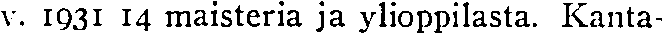
v. 1931 14 maisteria ja ylioppilasta. Kanta-